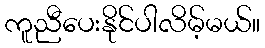
ကူညီပေးနိုင်ပါလိမ့်မယ်။